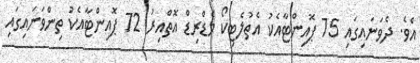
އެވެ. ދެވަނައިގައި 75 ޕޮއިންޓާއެކު އެތުލެޓިކޯ މެޑްރިޑް އޮތްއިރު 72 ޕޮއިންޓާއެކު ތިންވަނައިގައި